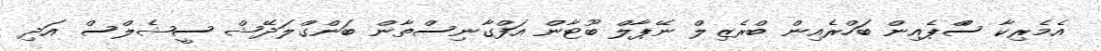
އެމެރިކާ ސްްޕެއިން ބަހްރެއިން ބްރެޒިލް ނޭޕާލް ބޫޓާން އަފްގާނިސްތާން ބަންގްލަދޭޝް ސީޝެލްސް އަދި